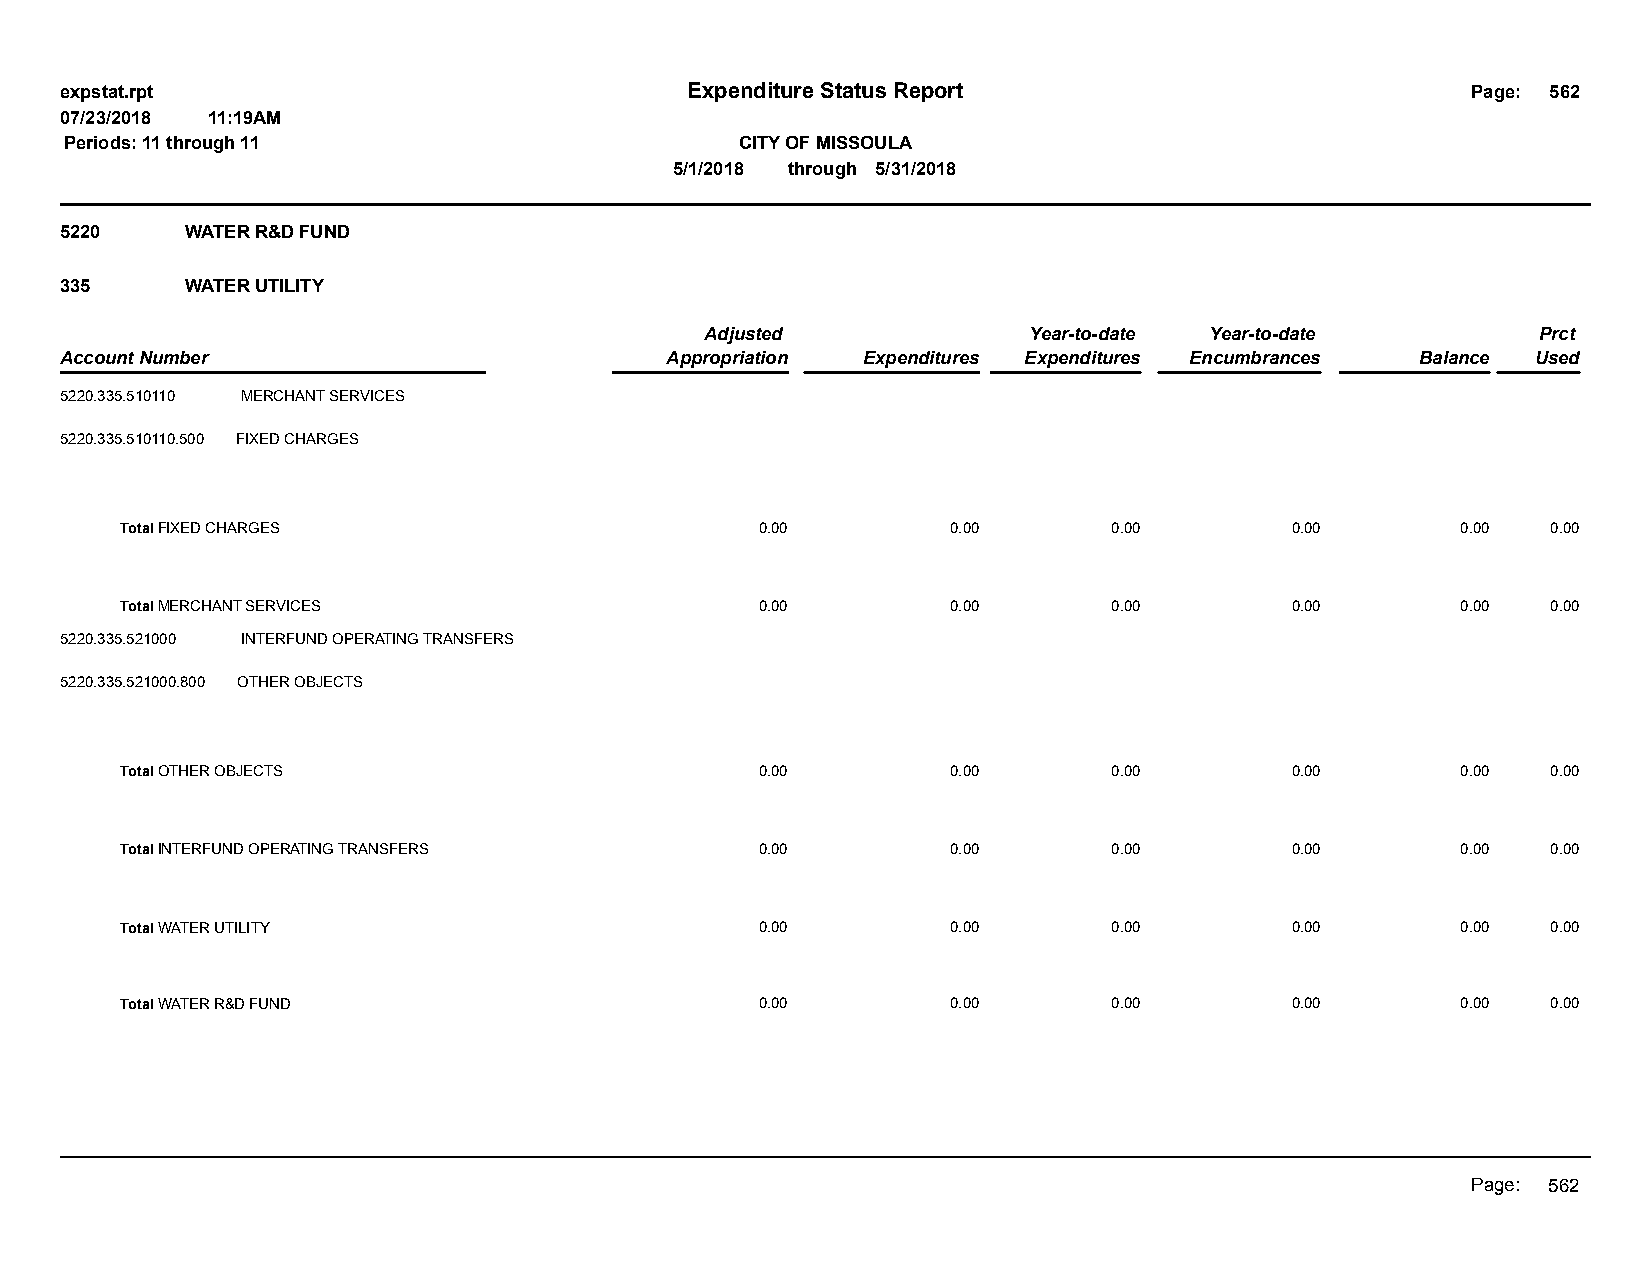
expstat.rpt                              Expenditure Status Report                           Page: 562
 07/23/2018 11:19AM
 Periods: 11 through 11                       CITY OF MISSOULA
 5/1/2018 through 5/31/2018
 5220    WATER R&D FUND
 335     WATER UTILITY
 Adjusted             Year-to-date Year-to-date         Prct
 Account Number                          Appropriation Expenditures Expenditures Encumbrances Balance Used
 5220.335.510110 MERCHANT SERVICES
 5220.335.510110.500 FIXED CHARGES
 Total FIXED CHARGES                       0.00         0.00       0.00       0.00        0.00  0.00
 Total MERCHANT SERVICES                   0.00         0.00       0.00       0.00        0.00  0.00
 5220.335.521000 INTERFUND OPERATING TRANSFERS
 5220.335.521000.800 OTHER OBJECTS
 Total OTHER OBJECTS                       0.00         0.00       0.00       0.00        0.00  0.00
 Total INTERFUND OPERATING TRANSFERS       0.00         0.00       0.00       0.00        0.00  0.00
 Total WATER UTILITY                       0.00         0.00       0.00       0.00        0.00  0.00
 Total WATER R&D FUND                      0.00         0.00       0.00       0.00        0.00  0.00
 Page: 562